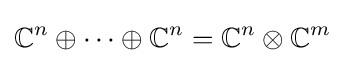
\mathbb {C} ^{n}\oplus \cdots \oplus \mathbb {C} ^{n}=\mathbb {C} ^{n}\otimes \mathbb {C} ^{m}